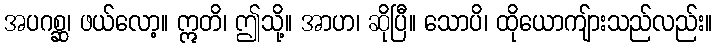
အပဂစ္ဆ၊ ဖယ်လော့။ ဣတိ၊ ဤသို့။ အာဟ၊ ဆိုပြီ။ သောပိ၊ ထိုယောကျ်ားသည်လည်း။